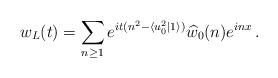
LaTeX: \begin{align*}w_L(t) = \sum_{n \ge 1} e^{it(n^2 - \langle u_0^2 | 1 \rangle)} \widehat w_0(n) e^{inx} \, .\end{align*}